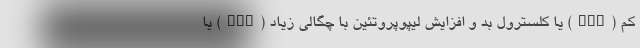
کم (LDL) یا کلسترول بد و افزایش لیپوپروتئین با چگالی زیاد (HDL) یا